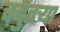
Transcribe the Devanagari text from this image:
चबुतऱ्या